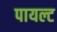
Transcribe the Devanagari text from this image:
पायल्ट